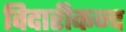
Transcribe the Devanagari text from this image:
विदारीकन्द